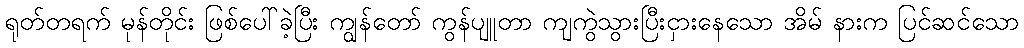
ရုတ်တရက် မုန်တိုင်း ဖြစ်ပေါ်ခဲ့ပြီး ကျွန်တော် ကွန်ပျူတာ ကျကွဲသွားပြီးငှားနေသော အိမ် နားက ပြင်ဆင်သော